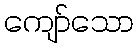
ကျော်သော